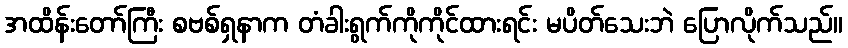
အထိန်းတော်ကြီး စဗစ်ရှနာက တံခါးရွက်ကိုကိုင်ထားရင်း မပိတ်သေးဘဲ ပြောလိုက်သည်။